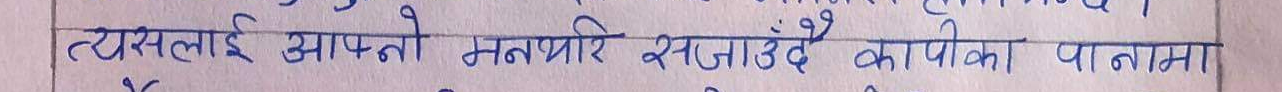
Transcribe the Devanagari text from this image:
त्यसलाई आफ्नो मनपारे सजाउँदै कापीका पानामा